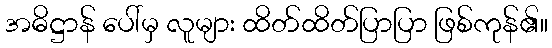
အဓိဋ္ဌာန် ပေါ်မှ လူများ ထိတ်ထိတ်ပြာပြာ ဖြစ်ကုန်၏။